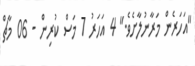
"އަހަރެން މަރާނުލާށެވެ." 4 އަހަރު 7 މަސް ކުރިން - 06 މާޗް